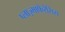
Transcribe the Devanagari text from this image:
प्लाज़्माफेरेसिस